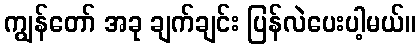
ကျွန်တော် အခု ချက်ချင်း ပြန်လဲပေးပါ့မယ်။